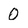
Character: 0